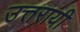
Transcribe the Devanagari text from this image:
उत्तरायी